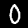
Label: 0